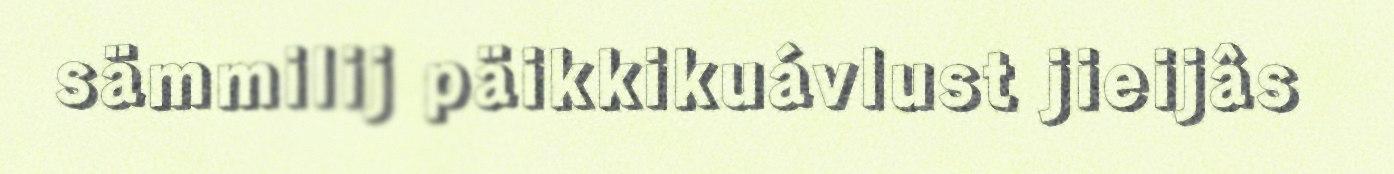
sämmilij päikkikuávlust jieijâs